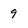
Character: 9